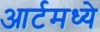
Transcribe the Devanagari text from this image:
आर्टमध्‍ये